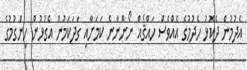
އެދުމުން ދެކޮޅު ހެދުމުގެ އެއްވެސް ހައްޤެއް ނޯންނާނެ ކަމަށާއި ގަދަކަމުން އެގުޅުން ހިންގުމުގެ